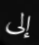
إلى